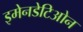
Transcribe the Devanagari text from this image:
इमेनडेटिओन